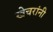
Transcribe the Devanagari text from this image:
खेचरांनी